Civil Veterinary Dept. Bombay admin report 1914-1922 - 1914-1922
Year: 1914
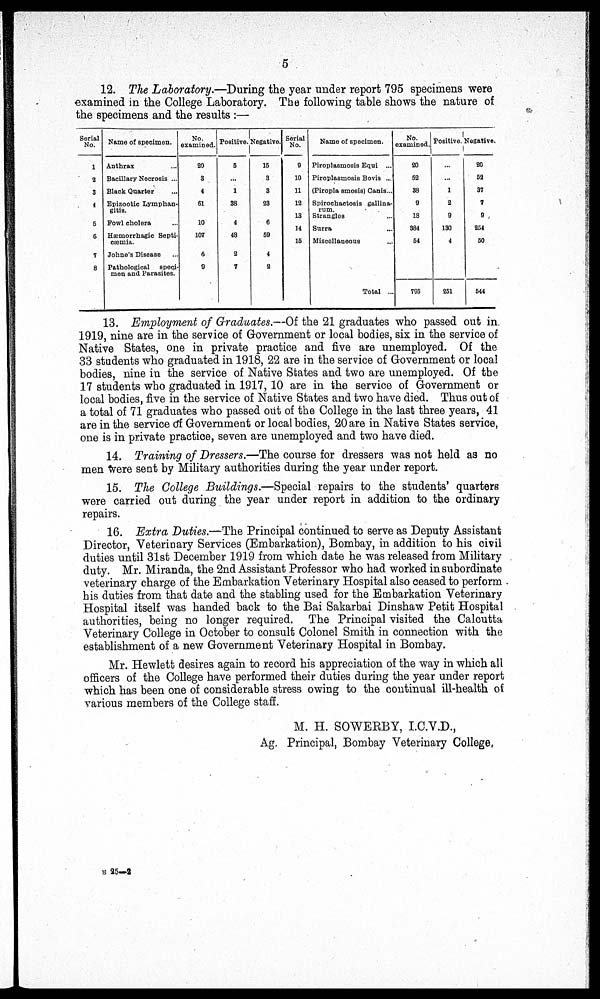
5
12. The Laboratory.—During the year under report 795 specimens were
examined in the College Laboratory. The following table shows the nature of
the specimens and the results :—
Serial
No.
1
2
3
4
5
6
7
8
Name of specimen.
Anthrax ...
Bacillary Necrosis ...
Black Quarter ...
Epizootic Lymphan-
gitis.
Fowl cholera ...
Hæmorrhagic Septi-
cæmia.
Johne's Disease …
Pathological
speci-
men and Parasites.
No.
examined.
20
3
4
61
10
107
6
9
Positive.
5
...
1
38
4
48
2
7
Negative.
15
3
3
23
6
59
4
2
Serial
No.
9
10
11
12
13
14
15
Name of specimen.
Piroplasmosis Equi ...
Piroplasmosis Bovis ...
(Piropla smosis) Canis...
Spirochactosis gallina¬
rum.
Strangles …
Surra ...
Miscellaneous …
Total ...
No.
examined.
20
52
38
9
18
384
54
795
Positive.
...
...
1
2
9
130
4
251
Negative.
20
52
37
7
9
254
50
544
13. Employment of Graduates.—Of the 21 graduates who passed out in.
1919, nine are in the service of Government or local bodies, six in the service of
Native States, one in private practice and five are unemployed. Of the
33 students who graduated in 1918, 22 are in the service of Government or local
bodies, nine in the service of Native States and two are unemployed. Of the
17 students who graduated in 1917, 10 are in the service of Government or
local bodies, five in the service of Native States and two have died. Thus out of
a total of 71 graduates who passed out of the College in the last three years, 41
are in the service of Government or local bodies, 20 are in Native States service,
one is in private practice, seven are unemployed and two have died.
14. Training of Dressers.—The course for dressers was not held as no
men were sent by Military authorities during the year under report.
15. The College Buildings.—Special repairs to the students' quarters
were carried out during the year under report in addition to the ordinary
repairs.
16. Extra Duties.—The Principal continued to serve as Deputy Assistant
Director, Veterinary Services (Embarkation), Bombay, in addition to his civil
duties until 31st December 1919 from which date he was released from Military
duty. Mr. Miranda, the 2nd Assistant Professor who had worked in subordinate
veterinary charge of the Embarkation Veterinary Hospital also ceased to perform
his duties from that date and the stabling used for the Embarkation Veterinary
Hospital itself was handed back to the Bai Sakarbai Dinshaw Petit Hospital
authorities, being no longer required. The Principal visited the Calcutta
Veterinary College in October to consult Colonel Smith in connection with the
establishment of a new Government Veterinary Hospital in Bombay.
Mr. Hewlett desires again to record his appreciation of the way in which all
officers of the College have performed their duties during the year under report
which has been one of considerable stress owing to the continual ill-health of
various members of the College staff.
M. H. SOWERBY, I.C.V.D.,
Ag. Principal, Bombay Veterinary College,
N 25—2